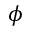
\phi